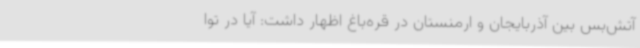
آتش‌بس بین آذربایجان و ارمنستان در قره‌باغ اظهار داشت: آیا در توا